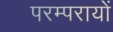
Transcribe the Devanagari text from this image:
परम्परायों